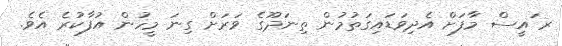
ރ ައީސް މާފަށް އެދިވަޑައިގަތުމުން ތިނަދޫގެ ވަރަށް ގިނަ މީހުން އުފާކުރެ އެވެ.